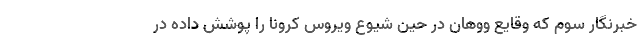
خبرنگار سوم که وقایع ووهان در حین شیوع ویروس کرونا را پوشش داده در